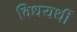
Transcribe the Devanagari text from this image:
विधयर्थी